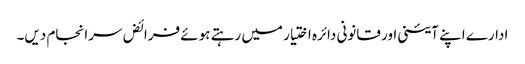
ادارے اپنے آئینی اور قانونی دائرہ اختیار میں رہتے ہوئے فرائض سرانجام دیں۔